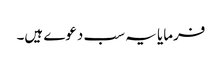
فرمایا یہ سب دعوے ہیں۔